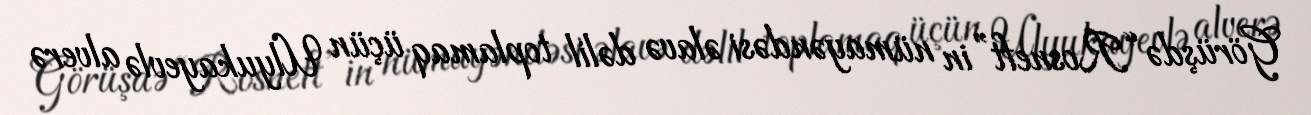
Görüşdə “Rosneft”in nümayəndəsi əlavə dəlil toplamaq üçün Ulyukayevlə alverə